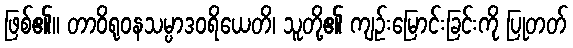
ဖြစ်၏။ တာဝိရုဝနသမ္ပာဒဝရိယေတိ၊ သူတို့၏ ကျဉ်းမြောင်းခြင်းကို ပြုတတ်